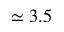
\simeq 3 . 5